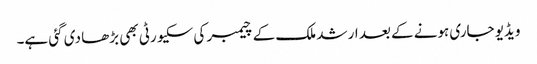
ویڈیو جاری ہونے کے بعد ارشد ملک کے چیمبر کی سکیورٹی بھی بڑھا دی گئی ہے۔